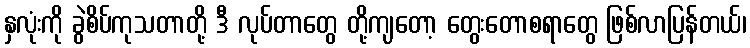
နှလုံးကို ခွဲစိပ်ကုသတာတို့ ဒီ လုပ်တာတွေ တို့ကျတော့ တွေးတောစရာတွေ ဖြစ်လာပြန်တယ်၊